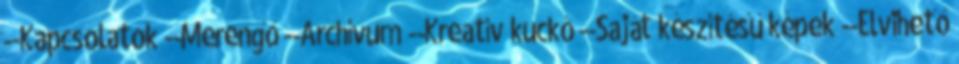
--Kapcsolatok --Merengő --Archívum --Kreatív kuckó --Saját készítésű képek --Elvihető